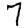
Digit: 7